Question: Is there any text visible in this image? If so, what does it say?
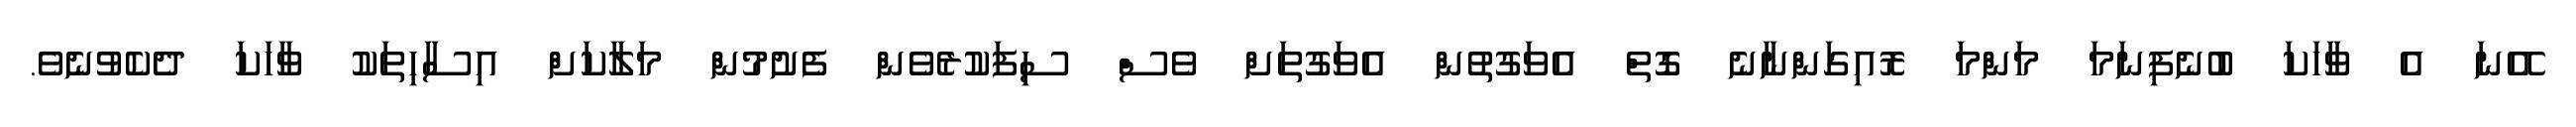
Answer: އޭނަ އެ ވާހަކަ ބުނެފިނަމަ މަންމަ ރޮއިގަންނާނެ ގޮތް އެވަގުތުން އެވަގުތަށް ވެސް ސިފަކުރެވެން ފެށުމުން މަލާކަށް އިސާހިތަކު ވާހަކަ ދެކެވުނެވެ.